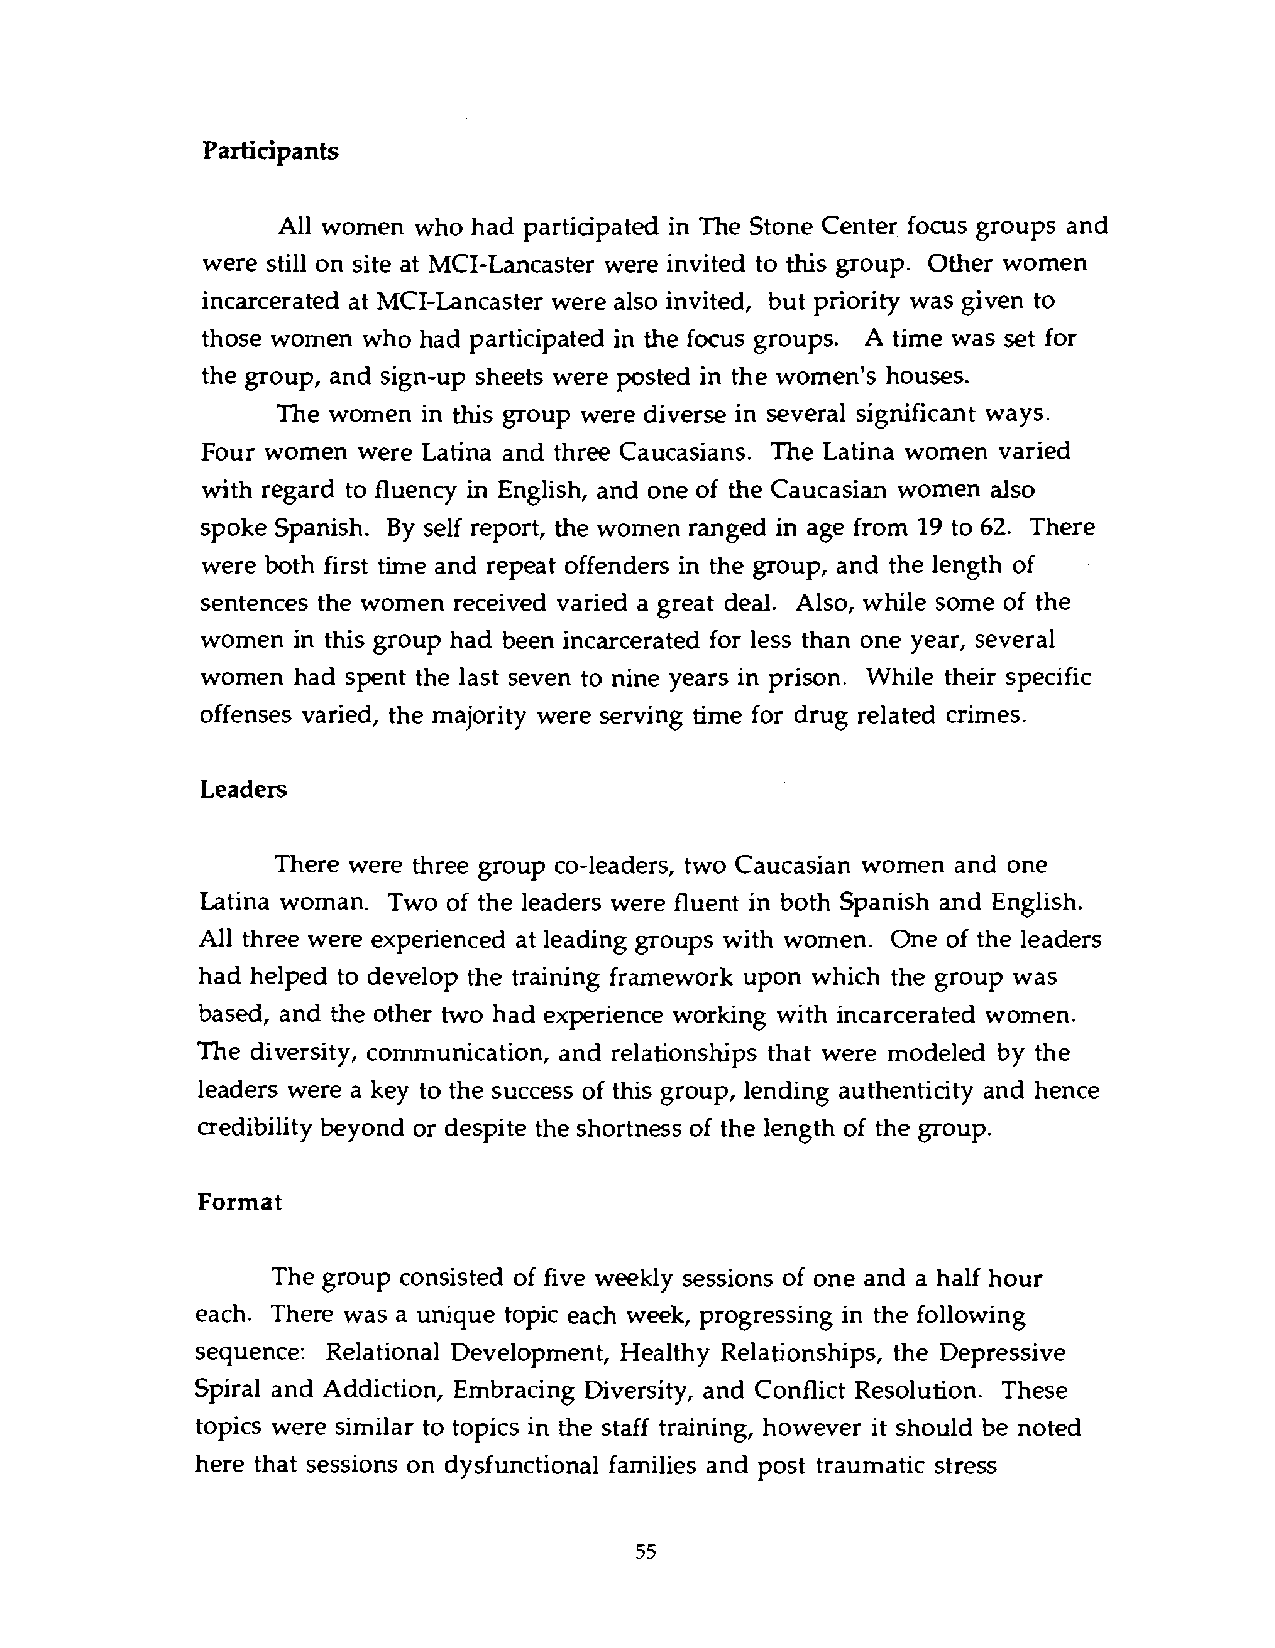
Participants
 All women who had participated in The Stone Center focus groups and
 were still on site at MCI-Lancaster were invited to this group. Other women
 incarcerated at MCI-Lancaster were also invited, but priority was given to
 those women who had participated in the focus groups. A time was set for
 the group, and sign-up sheets were posted in the women's houses.
 The women in this group were diverse in several significant ways.
 Four women were Latina and three Caucasians. The Latina women varied
 with regard to fluency in English, and one of the Caucasian women also
 spoke Spanish. By self report, the women ranged in age from 19 to 62. There
 were both first time and repeat offenders in the group, and the length of
 sentences the women received varied a great deal. Also, while some of the
 women in this group had been incarcerated for less than one year, several
 women had spent the last seven to nine years in prison. While their specific
 offenses varied, the majority were serving time for drug related crimes.
 Leaders
 There were three group co-leaders, two Caucasian women and one
 Latina woman. Two of the leaders were fluent in both Spanish and English.
 All three were experienced at leading groups with women. One of the leaders
 had helped to develop the training framework upon which the group was
 based, and the other two had experience working with incarcerated women.
 The diversity, communication, and relationships that were modeled by the
 leaders were a key to the success of this group, lending authenticity and hence
 credibility beyond or despite the shortness of the length of the group.
 Format
 The group consisted of five weekly sessions of one and a half hour
 each. There was a unique topic each week, progressing in the following
 sequence: Relational Development, Healthy Relationships, the Depressive
 Spiral and Addiction, Embracing Diversity, and Conflict Resolution. These
 topics were similar to topics in the staff training, however it should be noted
 here that sessions on dysfunctional families and post traumatic stress